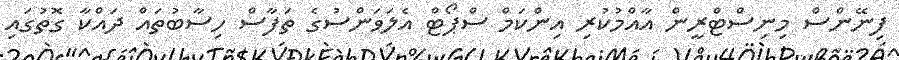
ފިނޭންސް މިނިސްޓްރީން އާއްމުކުރި އިންކަމް ސްޕޯޓް އެލަވަންސުގެ ތަފާސް ހިސާބުތައް ދައްކާ ގޮތުގައި